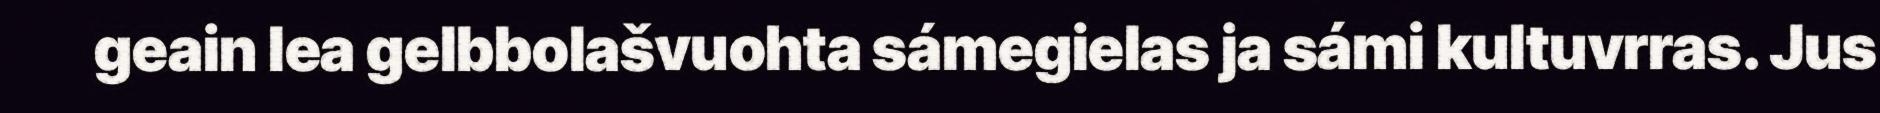
geain lea gelbbolašvuohta sámegielas ja sámi kultuvrras. Jus